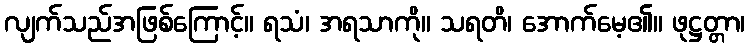
လျက်သည်အဖြစ်ကြောင့်။ ရသံ၊ အရသာကို။ သရတိ၊ အောက်မေ့၏။ ဖုဋ္ဌတ္တာ၊